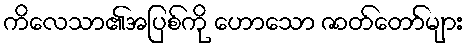
ကိလေသာ၏အပြစ်ကို ဟောသော ဇာတ်တော်များ